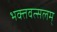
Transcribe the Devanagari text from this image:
भक्तवत्सलम्